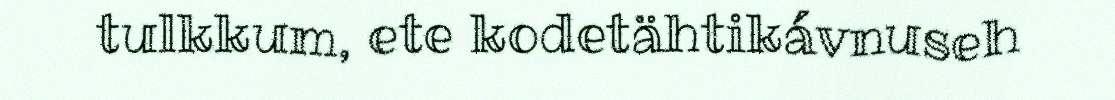
tulkkum, ete kodetähtikávnuseh